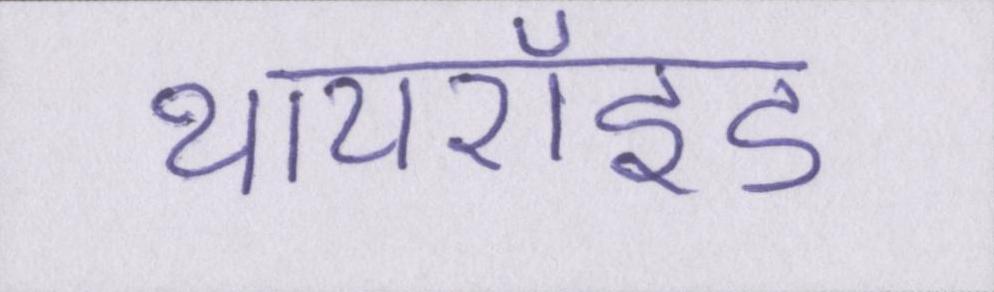
थायरॉइड